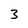
Character: 3